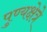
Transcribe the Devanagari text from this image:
पुण्यक्षेत्रे